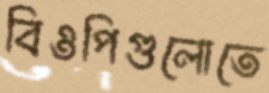
বিওপিগুলোতে